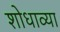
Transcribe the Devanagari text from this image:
शोधाव्या